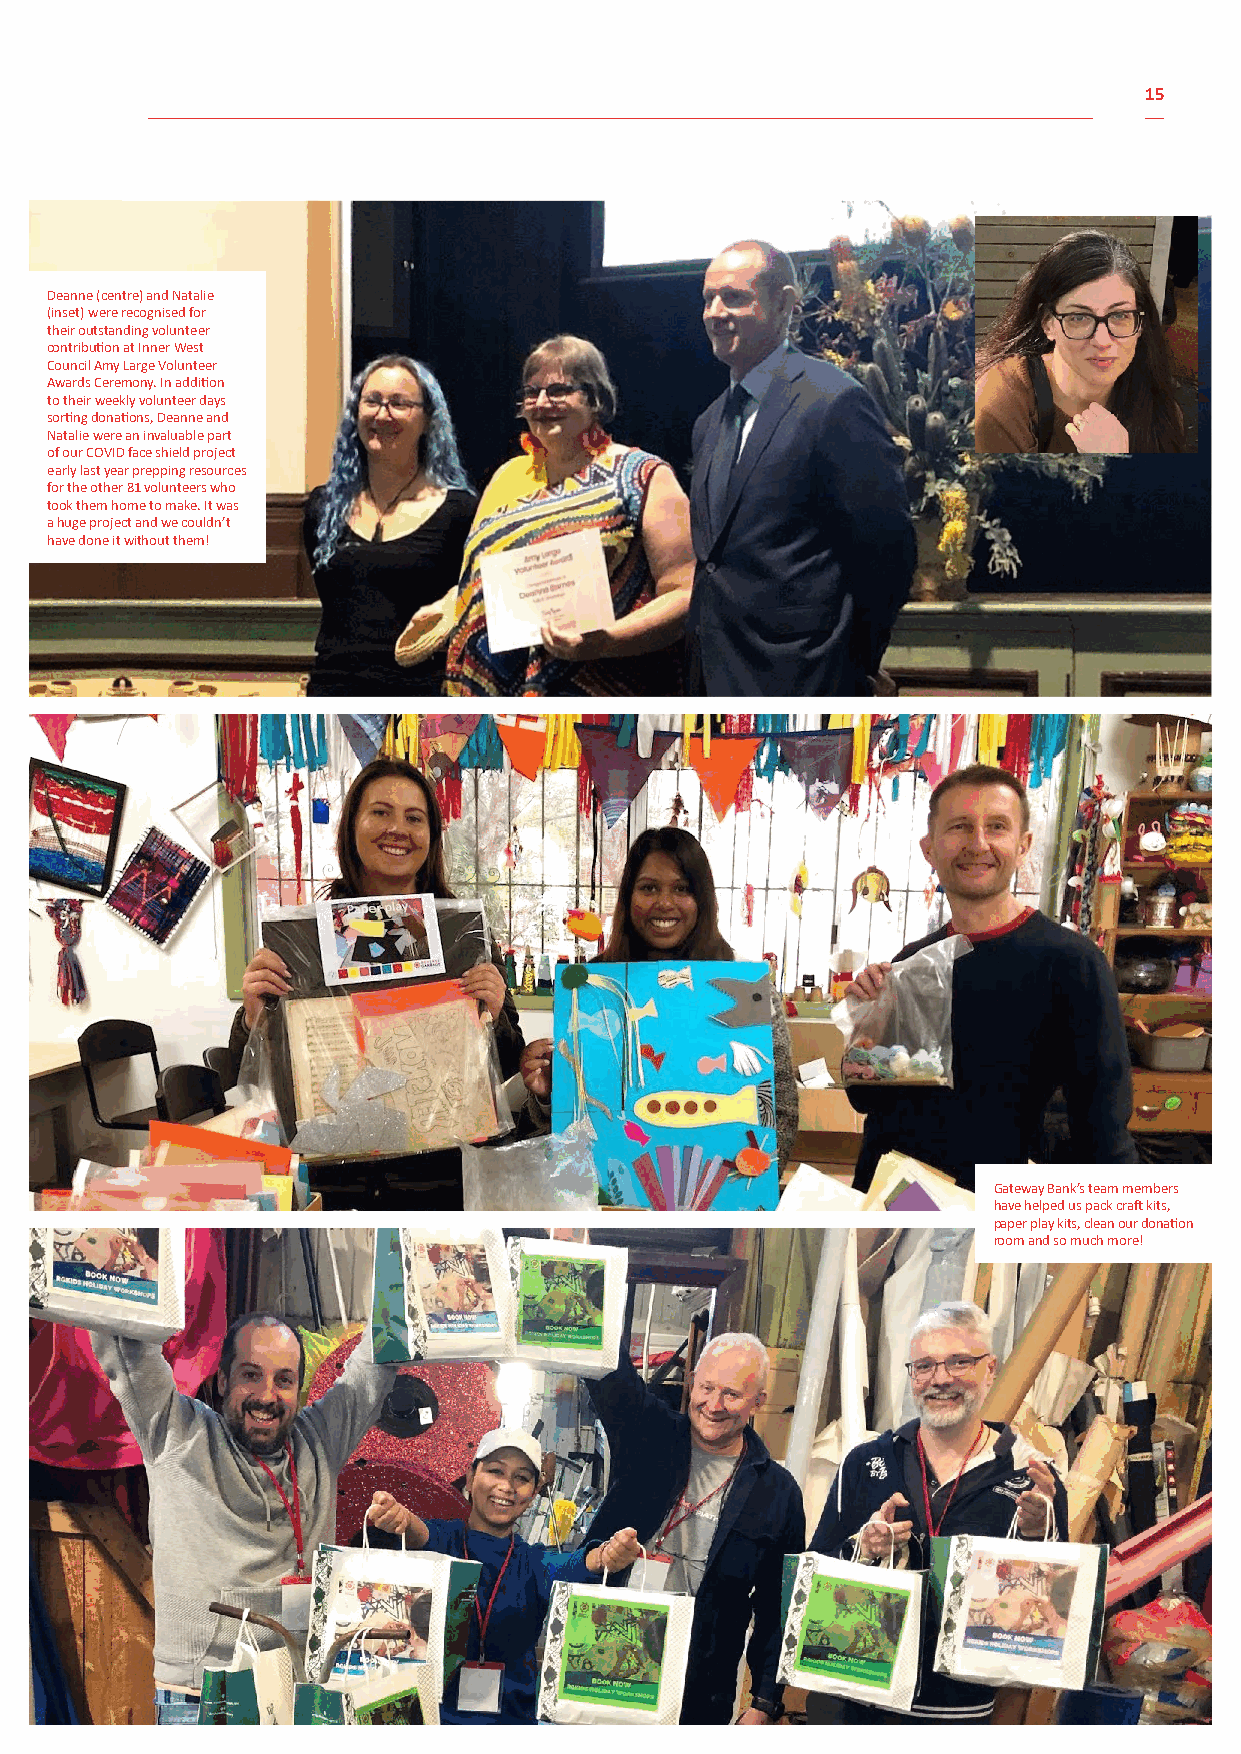
15
 Deanne (centre) and Natalie
 (inset) were recognised for
 their outstanding volunteer
 contribution at Inner West
 Council Amy Large Volunteer
 Awards Ceremony. In addition
 to their weekly volunteer days
 sorting donations, Deanne and
 Natalie were an invaluable part
 of our COVID face shield project
 early last year prepping resources
 for the other 81 volunteers who
 took them home to make. It was
 a huge project and we couldn’t
 have done it without them!
 Gateway Bank’s team members
 have helped us pack craft kits,
 paper play kits, clean our donation
 room and so much more!